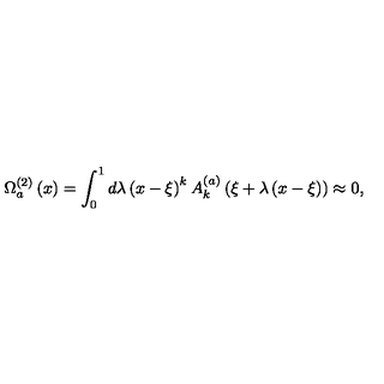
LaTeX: \Omega _ { a } ^ { \left( 2 \right) } \left( x \right) = \int _ { 0 } ^ { 1 } { d \lambda } \left( { x - \xi } \right) ^ { k } A _ { k } ^ { \left( a \right) } \left( { \xi + \lambda \left( { x - \xi } \right) } \right) \approx 0 ,